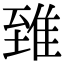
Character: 𨾽